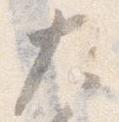
大